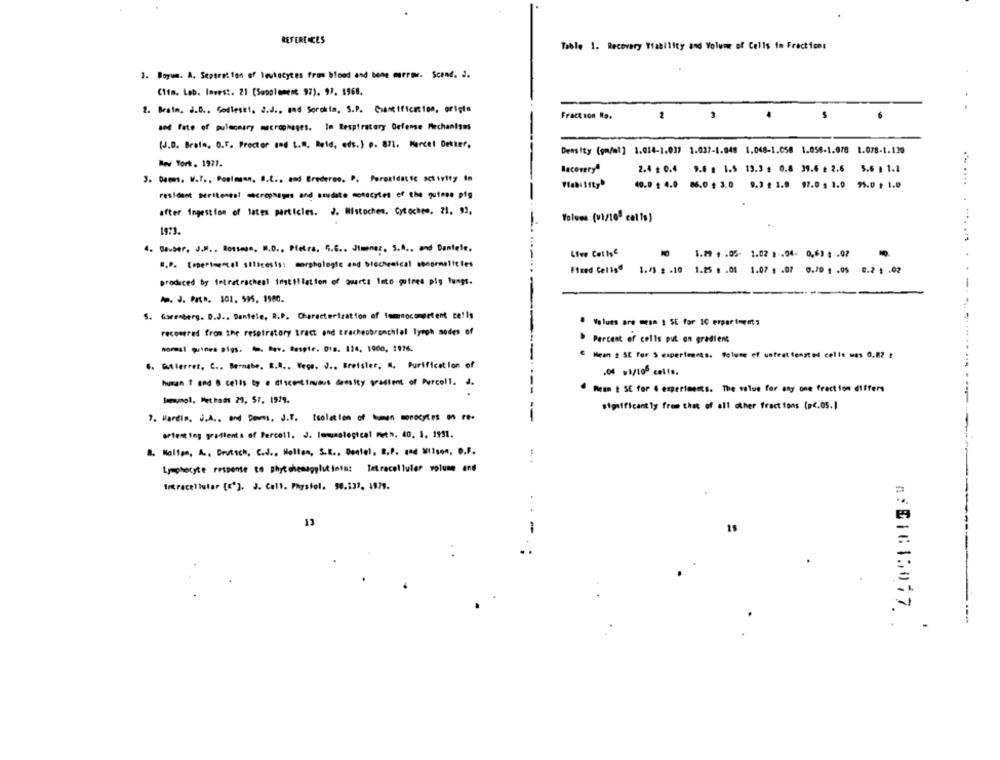
REFERENCES
Table 1. Recovery Viability and Volume of Cells to Fractions
1. Boyum. A. Separation of leukocytes from blood and bene murroe. Scand. J.
Clim. Lab. lavest. 21 (Supplement 97). 97. 1968.
2. Brain, d.B ., Godleskl, S.J ., and Sorchla, S.P. Gamification, origin
Fract son No.
2
and fate of pulmonary macrophages. Im Respiratory Defense Mechanisms
(J.D. Brain. O.F. Prector and L.M. Reid, eds.) o. 871. Marcel Detter.
Density (gm/ml] 1.014-1.037 1.037-1.048 1.048-1.058 1.058-1.078 1.078-1.130
Reus Tort. 1977.
2.4 $ 0.4 9.6 g 1.5 19,3 : 0.8 39.6 £ 2.6 5.6 | 1.1
Recovery
3. Deces. W.T ., Pomimann. 8.2 .. and Bredereo. P. Peroxidas te activity in
Viability
40.0 $ 4.0 86.0 $ 3.0
9.3 $ 1.9 97.0 . 1.0 95.0 + 1.0
resident perttenest microphages and saudate monocytes of the guinea pig
after Ingestion of laten particles. J. Mistoches, Cytoches, 21, 93,
Volume (v1/10ª calls)
4. Dauber, J.M ., Bossmge. N.D ., Pietra. 5.6 .. Jimenez. S.A ., and Dantele.
1.29 + .05- 1.02 1 .04- 0,63 4 -02
R.P. Erpertenecet silicesis: morphologie and biochemical sbcormalitles
Fixed Celige
1./3 2 .10 1.25 . . 01
1.07 . . 07 0.70 4 .05
0.2 1 .02
produced by feiratracheal instillation of quarta Into quires pig lungs.
Io. J. Path. 101. 595. 1980.
5. Garenberg. D.J .. Daniele, R.P. Characterization of lomocompetent cells
--
Values are mean ! SE for IC experiments
recovered from the resetratory tract and tracheobronchial lymph nodes of
Percent of cells put on gradient
nomal guinea pigs. . Dev. Bespir. D18. 124, 1900, 1976.
& Mean 2 SE for S experiments. Volume of unfeet fensted cells was 0.82 ₺
6. Gutierrez, C .. Bernabe, E.A .. Veça. J ., Bretsler, M. Purification of
-
human T and B cells by a discontinuous deesity gradient of Purcell. J.
Wenn & SE for @ experiments. The value for any one fraction differs
---
Imunol. Peethoss 29. 57. 1979.
significantly from that of all other fractions (pc.05.]
7. Hardin. J.A .. and Doms, J.T. tsolation of - mates . re-
-
artest tog gradients of Percoll. J. Immusslogical metn. 40. 1. 1931.
8. Halten, A ., Deutsch, C.J ., Hollan, S.K ., Dontel, R.P. 484 211son, D.F.
-
Lymphocyte response to phyt chemagglut tofs: Tetracellular volume and
Intracellular [E'], J. Call. Physiol. 58.137, 1975.
..
13
-